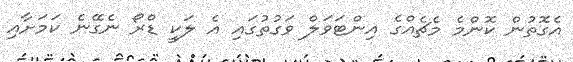
އެގޮތުން ކޮންމެ މެޗެއްގެ އިންޓަވަލް ވަގުތުގައި އެ ލަކީ ޑްރޯ ނެގޭނެ ކަމަށާއި